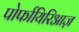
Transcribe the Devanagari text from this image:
पोर्फायिरिआज़